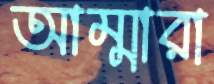
আম্মারা